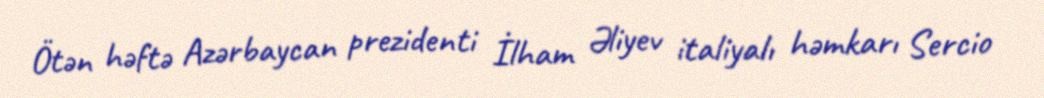
Ötən həftə Azərbaycan prezidenti İlham Əliyev italiyalı həmkarı Sercio